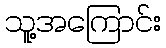
သူ့အကြောင်း